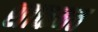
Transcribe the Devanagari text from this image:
शाक्तमत